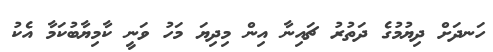
ހަނދަށް ދިޔުމުގެ ދަތުރު ޗައިނާ އިން މިދިޔަ މަހު ވަނީ ކާމިޔާބުކަމާ އެކު